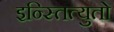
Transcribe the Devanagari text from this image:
इन्स्तित्युतो